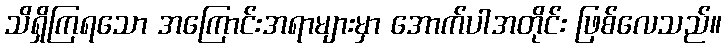
သိရှိကြရသော အကြောင်းအရာများမှာ အောက်ပါအတိုင်း ဖြစ်လေသည်။